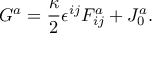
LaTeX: G ^ { a } = \frac { \kappa } { 2 } \epsilon ^ { i j } F _ { i j } ^ { a } + J _ { 0 } ^ { a } .